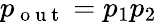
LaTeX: p_{\mathrm{~o~u~t~}}=p_{1}p_{2}